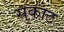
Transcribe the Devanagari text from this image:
सुकाट